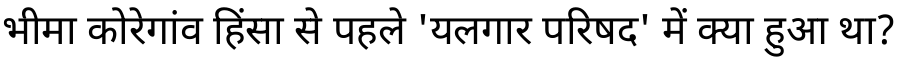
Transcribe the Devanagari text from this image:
भीमा कोरेगांव हिंसा से पहले 'यलगार परिषद' में क्या हुआ था?